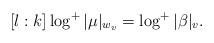
LaTeX: \begin{align*}[l : k] \log^+ |\mu|_{w_v} = \log^+ |\beta|_v.\end{align*}